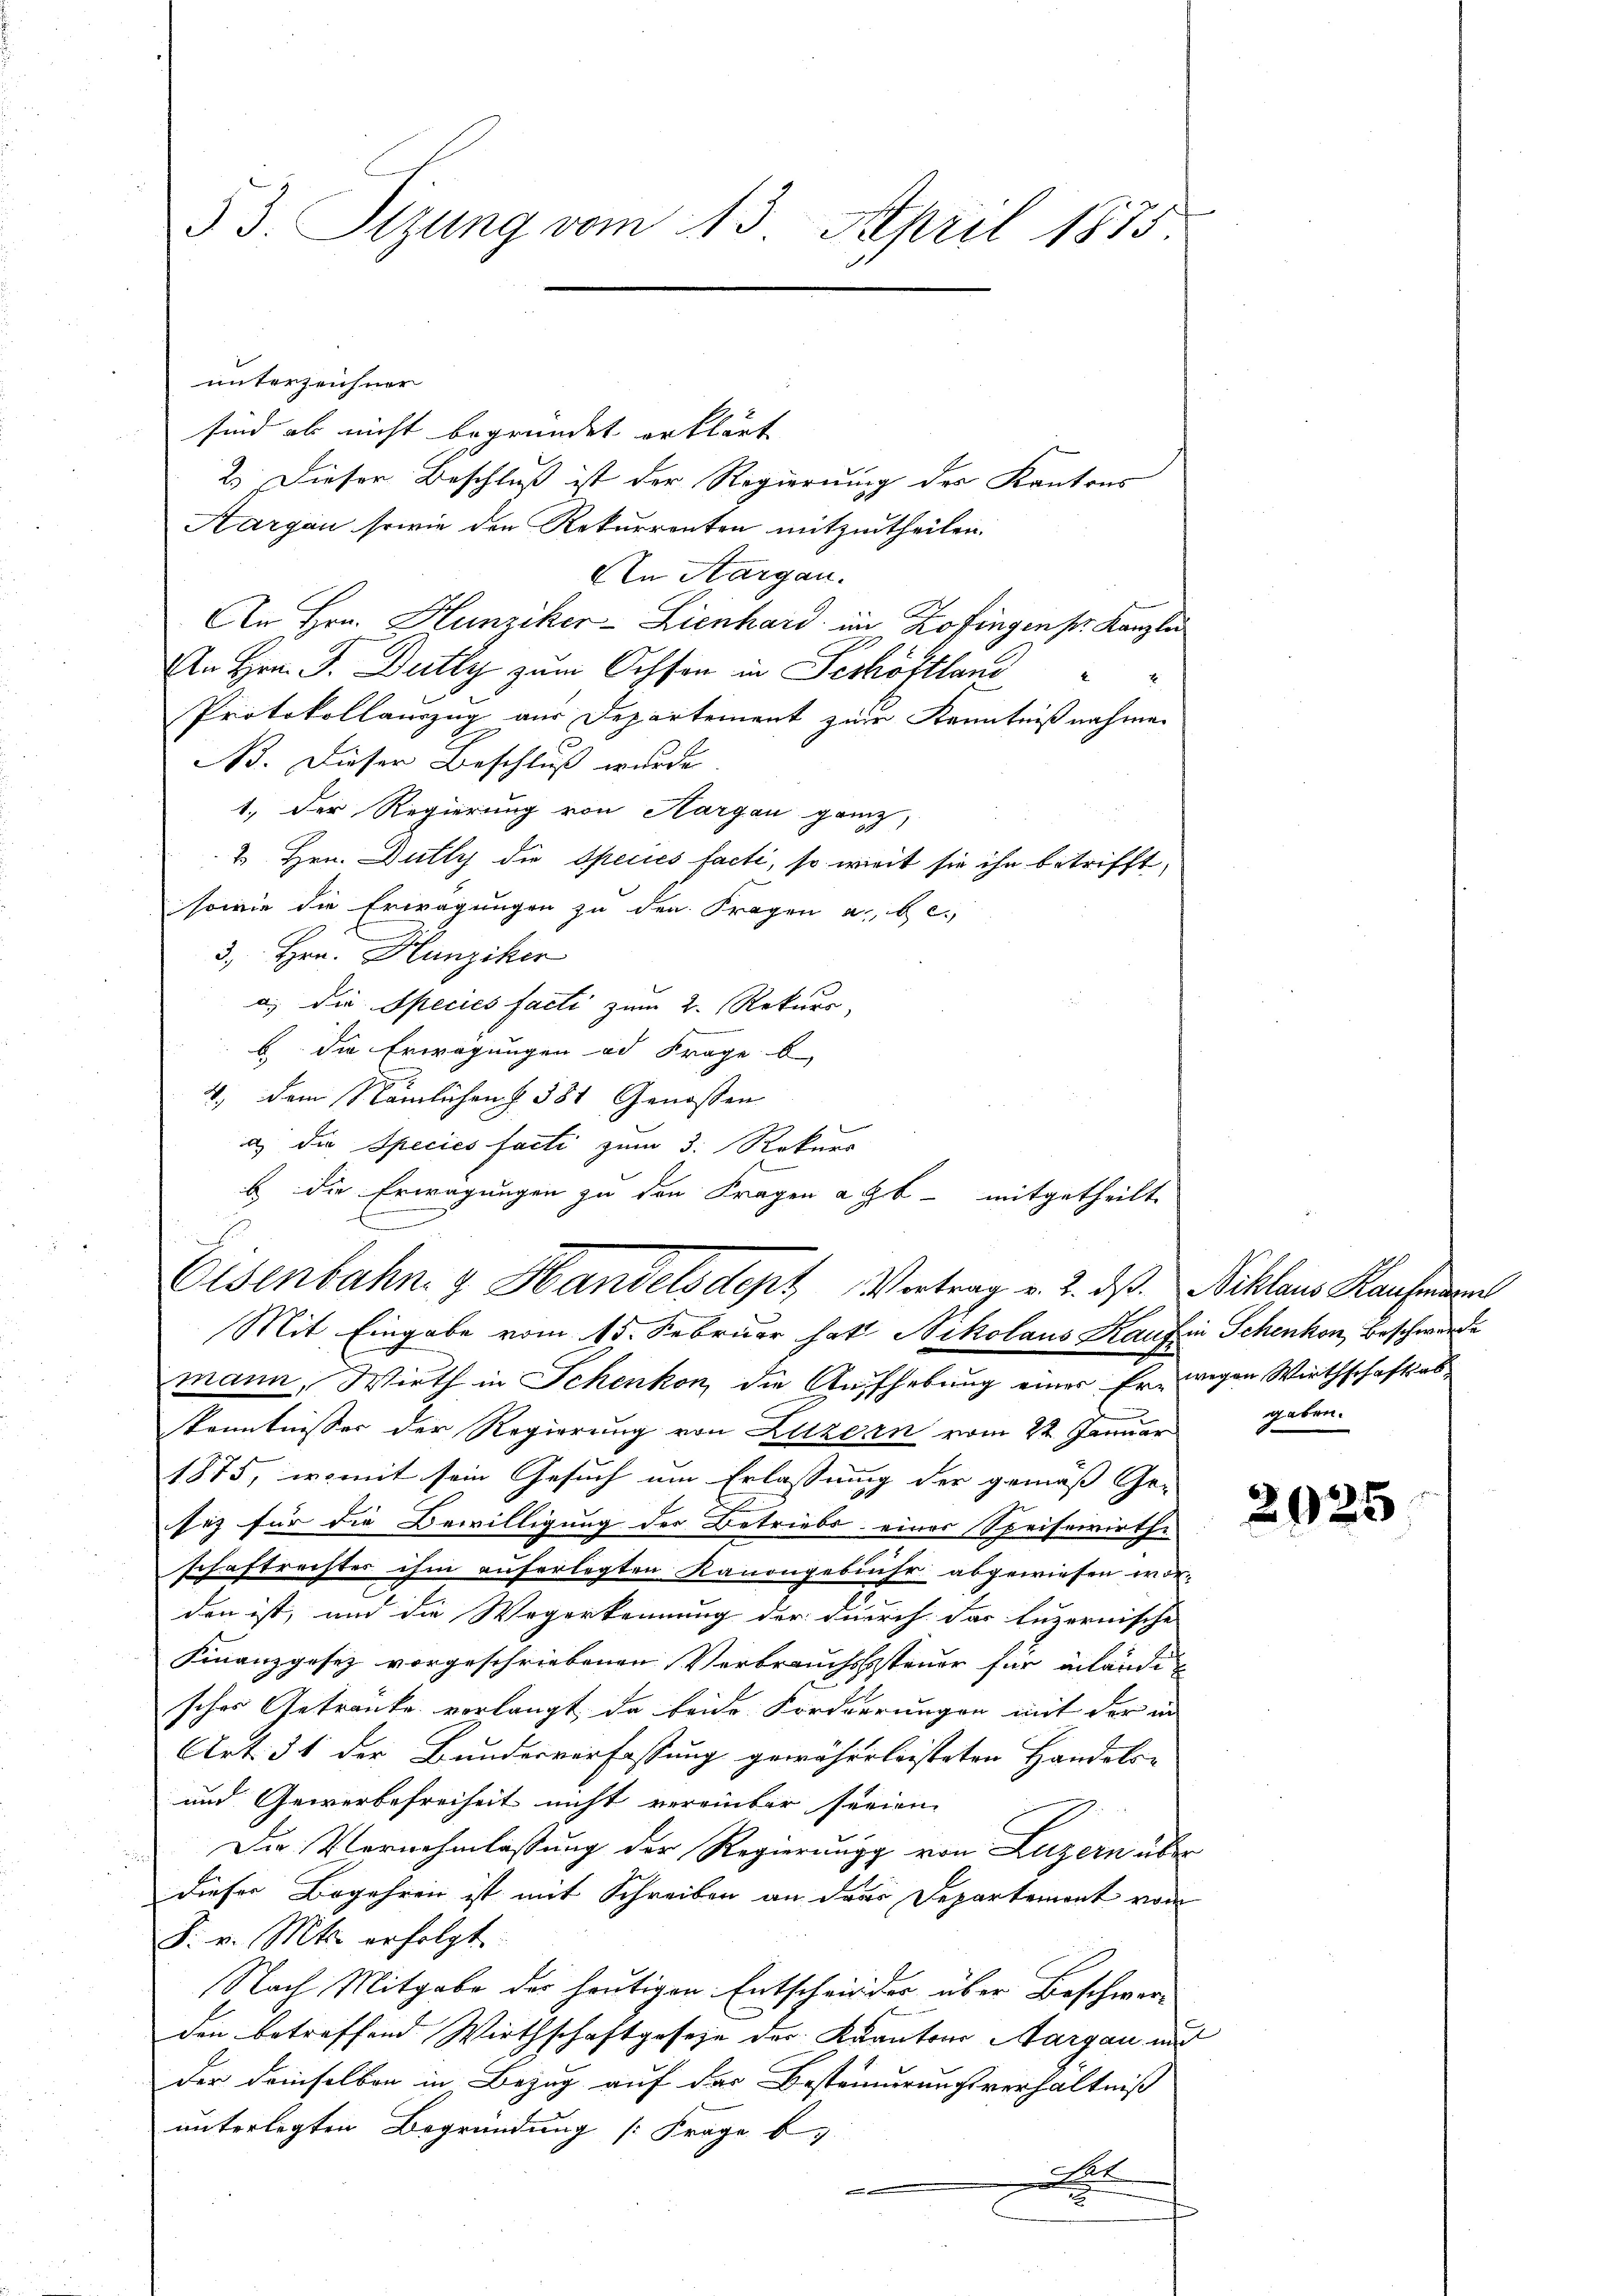
53. Sitzung vom 13. April 1875.

unterzeichner
sind als nicht begründet erklärt
2.) Dieser Beschluß ist der Regierung des Kantons
Aargau sowie den Rekurrenten mitzutheilen.
An Aargau.
An Hrn. Hunziker-Lienhard in Zofingen pr. Kanzlei
An Hrn. F. Dutty zum Ochson in Seshöftland
Protokollauszug aus Departement zur Kenntnißnahmen
N. Dieser Beschluß wurde.
1.) Der Regierung von Aargau ganz,
2 Hrn. Dutty die Species facti, so weit sie ihn betrifft,
sowie die Erwägungen zu den Fragen a. be¬
3., Hrn. Hunziker
a) die Species facti zum 2. Rekurs,
b. die Erwägungen ad Frage b
4. dem Nämlichen § 581 Genossen
Mit Eingabe vom 15. Februar hat Nikolaus Kauf in Schenkon, Beschwerde
mann, Wirth in Schenkon, die Aufhebung einer Er wegen Wirthschaftsabskenntnisser der Regierung von Luzern vom 22. Januar
1875, womit sein Gesuch um Erlassung der gemäß Ge-
sez für die Bewilligung der Betriebs einer Speisewirthe
schaftrechter ihm auferlegten Kanongebühr abgewiesen wor-
den ist, und die Wegerkennung der durch das luzernische
Finanzgesez vorgeschriebenen Verbrauchssteuer für inländig
sches Getränke verlangt, da beide Forderrungen mit der in
Art. 31 der Bundesverfassung gewährleisteten Handels-
und Gewerbefreiheit nicht vereinbar seien.
Die Vernehmlassung der Regierung von Luzern über
dieser Begehren ist mit Schreiben an der Departement vom
F. v. Mts. erfolgt.
Nach Mitgabe der heutigen Entscheider über Beschwerden betreffend Wirthschaftgesetze der Kantons Aargau und
der deinselben in Bezug auf der Besteinderungsverhältniß
unterlegten Begründung [Frage b
at
n
2

a) die Species facti zum 3. Rekurs
b die Erwägungen zu den Fragen ab - mitgetheilte
Eisenbahn & Handelsdept Vertrag v. 2. dß. Niklaus Kaufmann

gaben.

2025